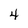
Character: 4